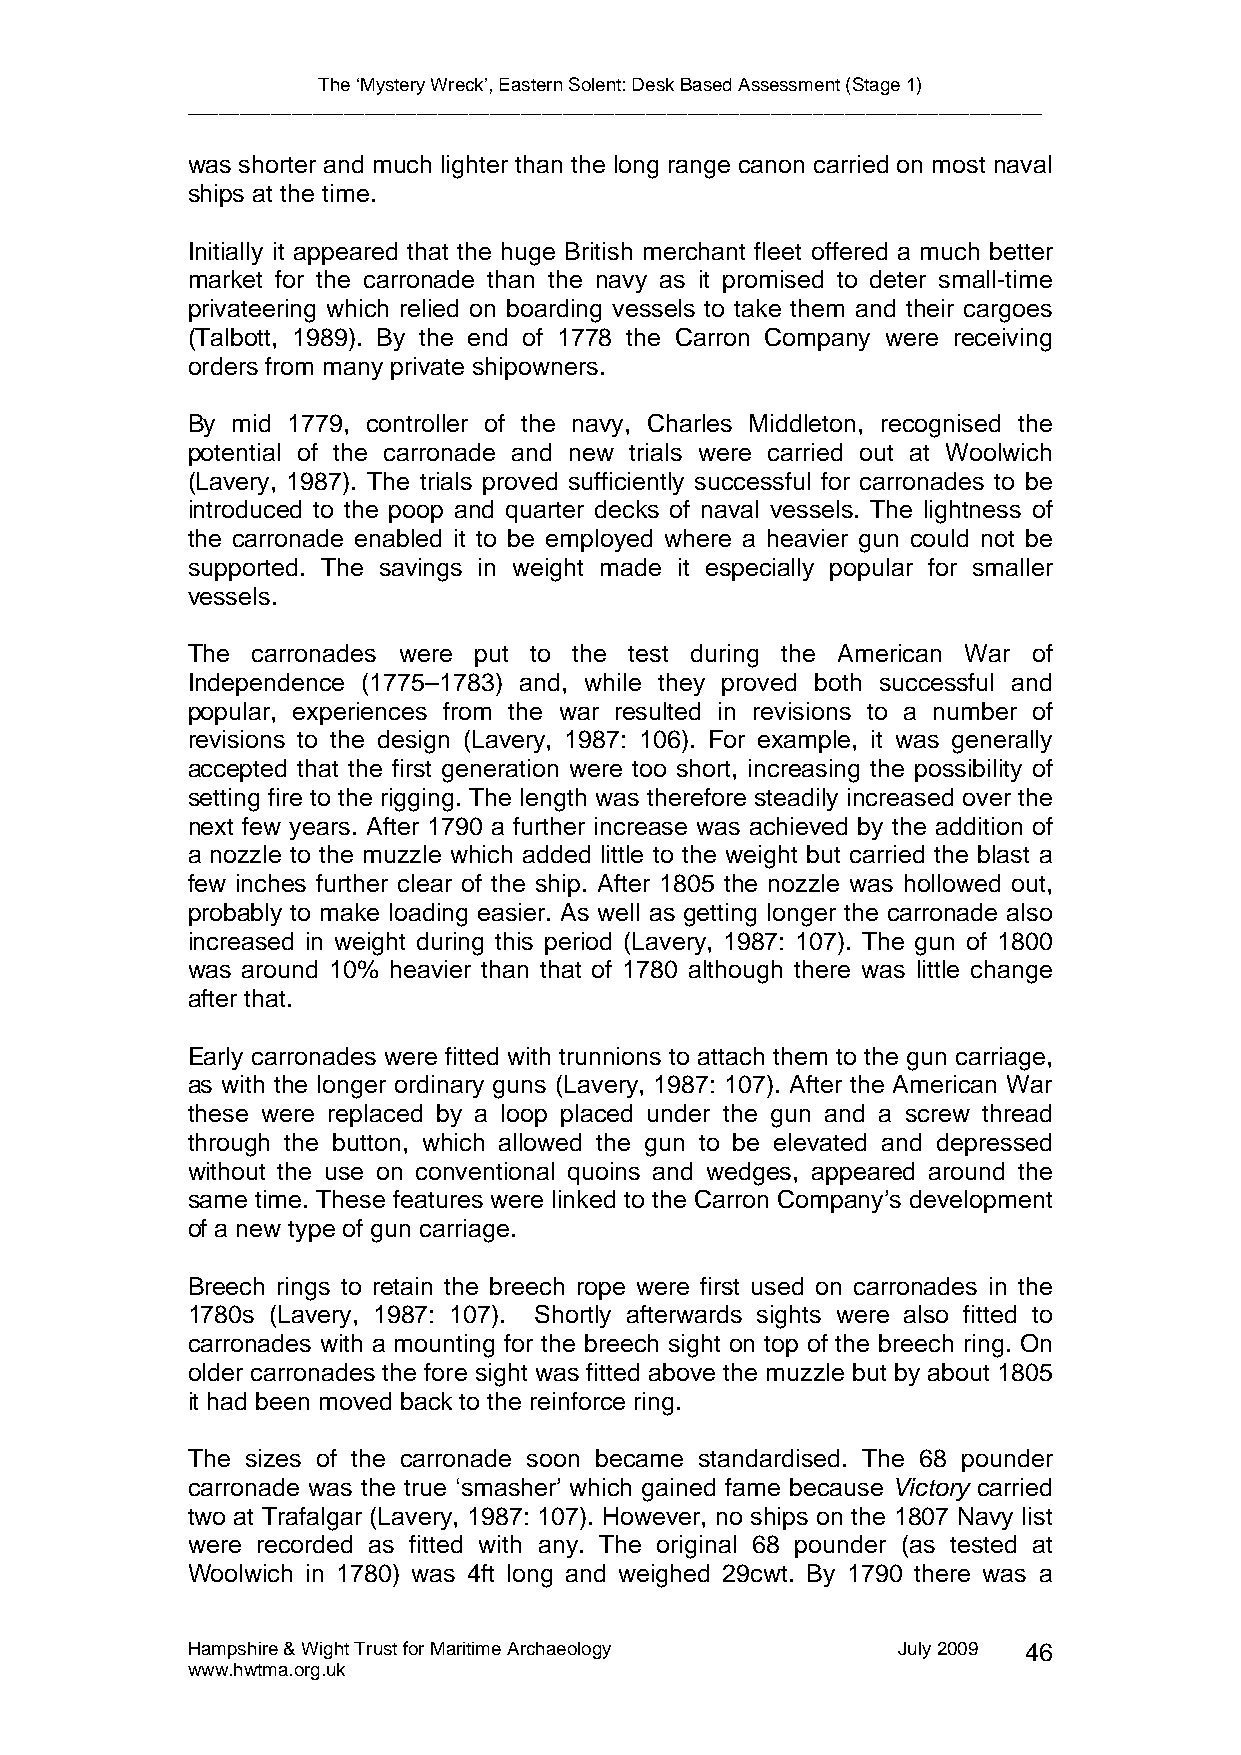
The ‘Mystery Wreck’, Eastern Solent: Desk Based Assessment (Stage 1)
 __________________________________________________________________________________
 was shorter and much lighter than the long range canon carried on most naval
 ships at the time.
 Initially it appeared that the huge British merchant fleet offered a much better
 market for the carronade than the navy as it promised to deter small-time
 privateering which relied on boarding vessels to take them and their cargoes
 (Talbott, 1989). By the end of 1778 the Carron Company were receiving
 orders from many private shipowners.
 By mid 1779, controller of the navy, Charles Middleton, recognised the
 potential of the carronade and new trials were carried out at Woolwich
 (Lavery, 1987). The trials proved sufficiently successful for carronades to be
 introduced to the poop and quarter decks of naval vessels. The lightness of
 the carronade enabled it to be employed where a heavier gun could not be
 supported. The savings in weight made it especially popular for smaller
 vessels.
 The  carronades were put to the test during the American War of
 Independence (1775–1783) and, while they proved both successful and
 popular, experiences from the war resulted in revisions to a number of
 revisions to the design (Lavery, 1987: 106). For example, it was generally
 accepted that the first generation were too short, increasing the possibility of
 setting fire to the rigging. The length was therefore steadily increased over the
 next few years. After 1790 a further increase was achieved by the addition of
 a nozzle to the muzzle which added little to the weight but carried the blast a
 few inches further clear of the ship. After 1805 the nozzle was hollowed out,
 probably to make loading easier. As well as getting longer the carronade also
 increased in weight during this period (Lavery, 1987: 107). The gun of 1800
 was around 10% heavier than that of 1780 although there was little change
 after that.
 Early carronades were fitted with trunnions to attach them to the gun carriage,
 as with the longer ordinary guns (Lavery, 1987: 107). After the American War
 these were replaced by a loop placed under the gun and a screw thread
 through the button, which allowed the gun to be elevated and depressed
 without the use on conventional quoins and wedges, appeared around the
 same time. These features were linked to the Carron Company’s development
 of a new type of gun carriage.
 Breech rings to retain the breech rope were first used on carronades in the
 1780s (Lavery, 1987: 107). Shortly afterwards sights were also fitted to
 carronades with a mounting for the breech sight on top of the breech ring. On
 older carronades the fore sight was fitted above the muzzle but by about 1805
 it had been moved back to the reinforce ring.
 The sizes of the carronade soon became standardised. The 68 pounder
 carronade was the true ‘smasher’ which gained fame because Victory carried
 two at Trafalgar (Lavery, 1987: 107). However, no ships on the 1807 Navy list
 were recorded as fitted with any. The original 68 pounder (as tested at
 Woolwich in 1780) was 4ft long and weighed 29cwt. By 1790 there was a
 Hampshire & Wight Trust for Maritime Archaeology July 2009 46
 www.hwtma.org.uk